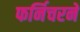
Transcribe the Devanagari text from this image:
फर्निचरने